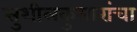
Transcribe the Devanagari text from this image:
सुशीलकुमारांचा